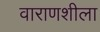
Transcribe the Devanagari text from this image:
वाराणशीला